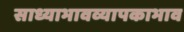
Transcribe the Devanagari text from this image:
साध्याभावव्यापकाभाव